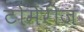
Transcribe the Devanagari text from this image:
टोमेरीज